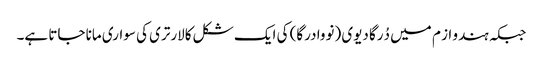
جبکہ ہندو از م میں دُرگا دیوی (نووا درگا) کی ایک شکل کالارتری کی سواری مانا جاتا ہے۔